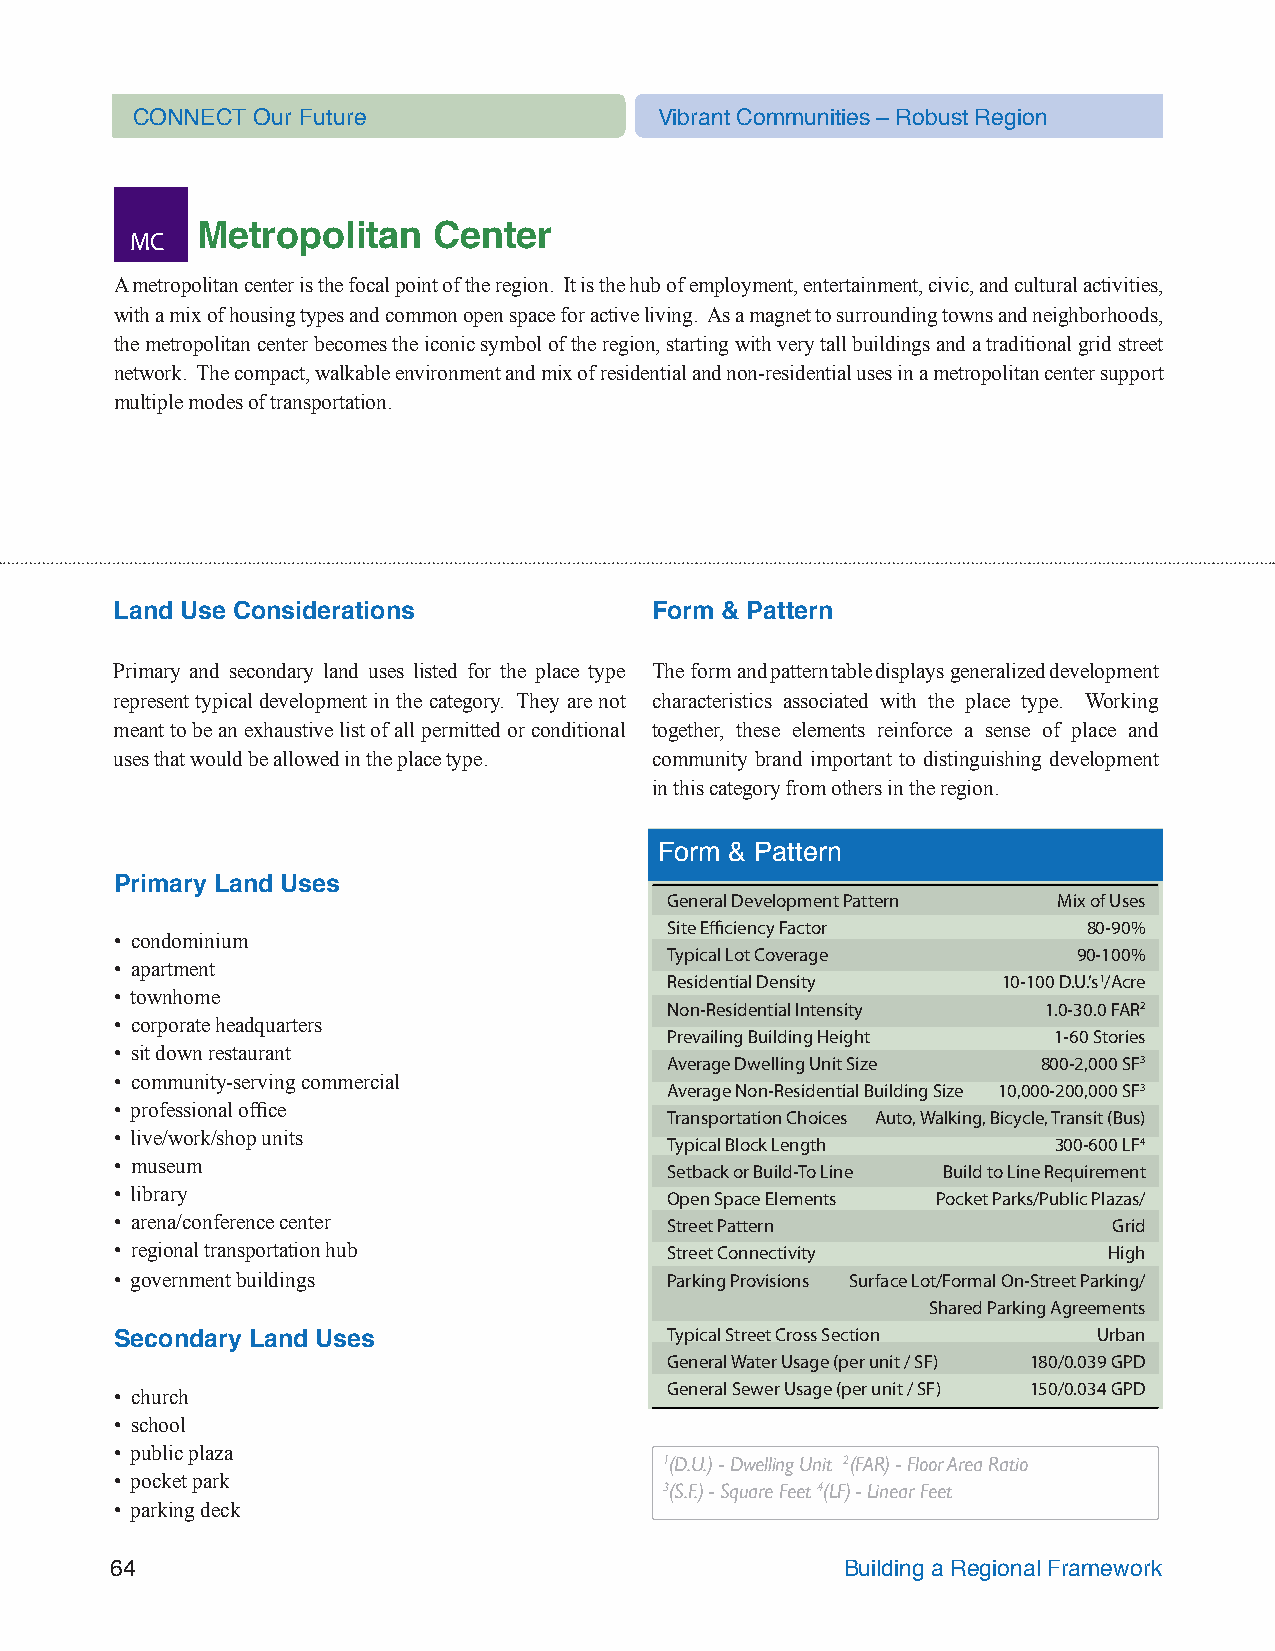
CONNECT Our Future                 Vibrant Communities – Robust Region
 MC  Metropolitan    Center
 A metropolitan center is the focal point of the region. It is the hub of employment, entertainment, civic, and cultural activities,
 with a mix of housing types and common open space for active living. As a magnet to surrounding towns and neighborhoods,
 the metropolitan center becomes the iconic symbol of the region, starting with very tall buildings and a traditional grid street
 network. The compact, walkable environment and mix of residential and non-residential uses in a metropolitan center support
 multiple modes of transportation.
 Land Use Considerations            Form & Pattern
 Primary and secondary land uses listed for the place type The form and pattern table displays generalized development
 represent typical development in the category. They are not characteristics associated with the place type. Working
 meant to be an exhaustive list of all permitted or conditional together, these elements reinforce a sense of place and
 uses that would be allowed in the place type. community brand important to distinguishing development
 in this category from others in the region.
 Form & Pattern
 Primary Land Uses
 General Development Pattern Mix of Uses
 Site Efficiency Factor      80-90%
 • condominium
 Typical Lot Coverage       90-100%
 • apartment
 Residential Density   10-100 D.U.’s1/Acre
 • townhome
 Non-Residential Intensity 1.0-30.0 FAR2
 • corporate headquarters
 Prevailing Building Height 1-60 Stories
 • sit down restaurant
 Average Dwelling Unit Size 800-2,000 SF3
 • community-serving commercial
 Average Non-Residential Building Size 10,000-200,000 SF3
 • professional office
 Transportation Choices Auto, Walking, Bicycle, Transit (Bus)
 • live/work/shop units
 Typical Block Length      300-600 LF4
 • museum                            Setback or Build-To Line Build to Line Requirement
 • library                           Open Space Elements Pocket Parks/Public Plazas/
 • arena/conference center           Street Pattern                Grid
 • regional transportation hub       Street Connectivity          High
 • government buildings              Parking Provisions Surface Lot/Formal On-Street Parking/
 Shared Parking Agreements
 Typical Street Cross Section Urban
 Secondary Land Uses
 General Water Usage (per unit / SF) 180/0.039 GPD
 General Sewer Usage (per unit / SF) 150/0.034 GPD
 • church
 • school
 • public plaza
 1(D.U.) - Dwelling Unit 2(FAR) - Floor Area Ratio
 • pocket park
 3(S.F.) - Square Feet 4(LF) - Linear Feet
 • parking deck
 64                                               Building a Regional Framework